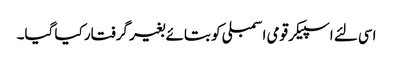
اسی لئے اسپیکر قومی اسمبلی کو بتائے بغیر گرفتار کیا گیا۔